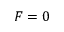
F = 0